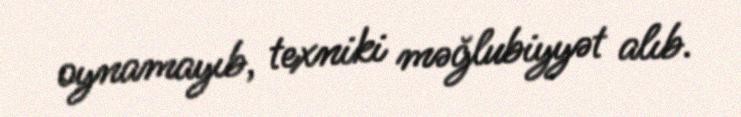
oynamayıb, texniki məğlubiyyət alıb.